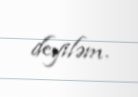
deyiləm.